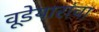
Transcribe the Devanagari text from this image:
वूडेयारांचा